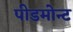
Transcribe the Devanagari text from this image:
पीडमोन्ट